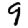
Digit: 9